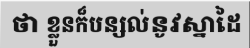
ថា ខ្លួនក៏បន្សល់នូវស្នាដៃ